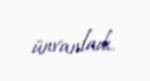
ünvanladı.